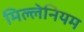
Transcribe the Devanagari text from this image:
मिल्लेनियम